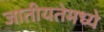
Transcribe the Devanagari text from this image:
जातीयतेमध्ये